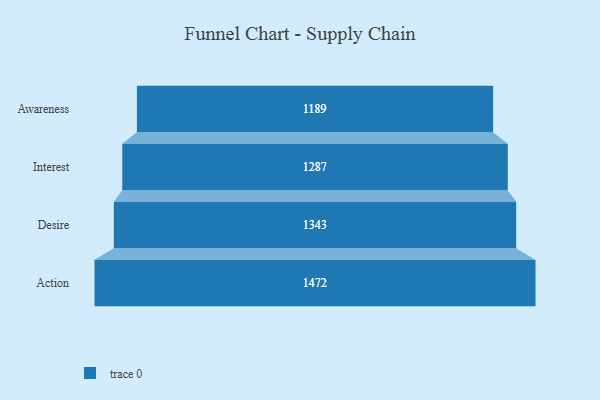
{"axis": {"x": "Stage", "y": "Value"}, "legend": [""], "data": [{"x": "Awareness", "y": 1189.0, "type": ""}, {"x": "Interest", "y": 1287.0, "type": ""}, {"x": "Desire", "y": 1343.0, "type": ""}, {"x": "Action", "y": 1472.0, "type": ""}]}